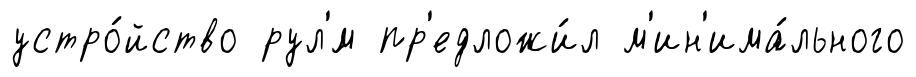
устро́йство рул'́м пр'едложи́л м'ин'има́льного